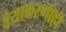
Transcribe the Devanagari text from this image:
वैयाकरणीही